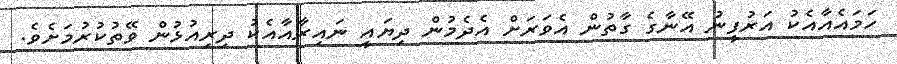
ހަމައެއާއެކު އަރުފީނު އޭނާގެ ގާތުން އެވަރަށް އެދެމުން ދިޔައީ ނައިރާއާއެކު ދިރިއުޅުން ވޭތުކުރުމަށެވެ.